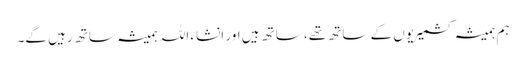
ہم ہمیشہ کشمیریوں کے ساتھ تھے، ساتھ ہیں اور انشاء اللہ ہمیشہ ساتھ رہیں گے۔